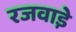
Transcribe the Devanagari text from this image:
रजवाडे़